Annual report of the Civil Veterinary Department, Bengal, for the year 1897-98 - 1897-1898
Year: 1897
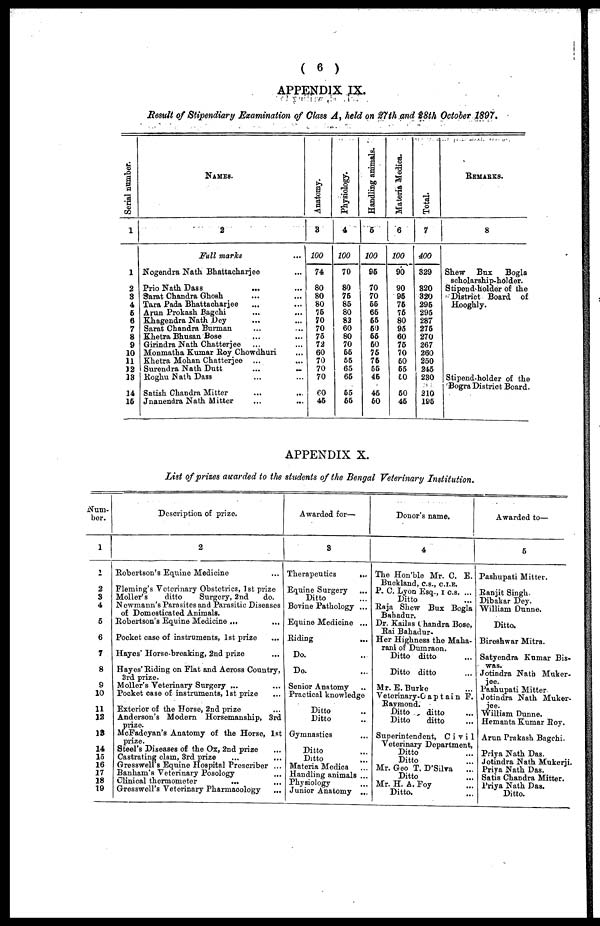
( 6 )
APPENDIX IX.
Result of Stipendiary Examination of Class A, held on 27th and 28th October 1897.
Serial number.
1
1
2
3
4
5 6
7
8
9
10
11
12
13
14
15
NAMES.
2
Full marks ...
Nogendra Nath Bhattacharjee ...
Prio Nath Dass ... ...
Sarat Chandra Ghosh ... ...
Tara Pada Bhattacharjee ... ...
Aran Prokash Bagchi ... ...
Khagendra Nath Dey ... ...
Sarat Chandra Burman ... ...
Khetra Bhusan Bose ... ...
Girindra Nath Chatterjee ... ...
Monmatha Kumar Roy Chowdhuri ...
Khetra Mohan Chatterjee ... ...
Surendra Nath Dutt ... ...
Roghu Nath Dass ... ...
Satish Chandra Mitter ... ...
Jnanendra Nath Mitter ... ...
Anatomy.
3
100
74
80
80
80
75
70
70
75
72
60
70
70
70
60
45
Physiology.
4
100
70
80
75
85
80
82
60
80
70
55
55
65
65
65
65
Handling animals.
5
100
95
70
70
55
65
55
50
55
50
76
75
55
45
45
60
Materia Medica.
6
100
90
90
95
75
76
80
95
60
75
70
50
65
50
50
45
Total.
7
400
329
320
320
295
295
287
275
270
267
260
250
245
230
210
195
REMARKS.
8
Shew Bux
Bogla
scholarship-holder.
Stipend holder of the
District Board of
Hooghly.
Stipend-holder of the
Bogra District Board.
APPENDIX X.
List of prizes awarded to the students of the Bengal Veterinary Institution.
Num-
ber.
1
1
2
3
4
5
6
7
8
9
10
11
12
13
14
15
16
17
18 19
Description of prize.
2
Robertson's Equine Medicine ...
Fleming's Veterinary Obstetrics, 1st prize
Moller's
ditto
Surgery, 2nd
do.
Newmann's Parasites and Parasitic Diseases
of Domesticated Animals.
Robertson's Equine Medicine ... ...
Pocket case of instruments, 1st prize ...
Hayes' Horse-breaking, 2nd prize ...
Hayes' Riding on Flat and Across Country,
3rd prize.
Moller's Veterinary Surgery ... ...
Pocket case of instruments, 1st prize ...
Exterior of the Horse, 2nd prize ...
Anderson's Modern Horsemanship, 3rd
prize.
McFadeyan's Anatomy of the Horse, 1st
prize.
Steel's Diseases of the Ox, 2nd prize ...
Castrating clam, 3rd prize ... ...
Gresswell's Equine Hospital Prescriber ...
Banham's Veterinary Posology ...
Clinical thermometer ... ...
Gresswell's Veterinary Pharmacology ...
Awarded for—
3
Therapeutics
...
Equine Surgery ...
Ditto ...
Bovine Pathology ...
Equine Medicine ...
Riding ...
Do. ..
Do. ...
Senior Anatomy ..
Practical knowledge
Ditto ..
Ditto ..
Gymnastics ...
Ditto ...
Ditto ...
Materia Medica ...
Handling animals ...
Physiology ...
Junior Anatomy ...
Donor's name.
4
The Hon'ble Mr. C. E.
Buckland, c.s., C.I.E.
P. C. Lyon Esq., I C.S. ...
Ditto ...
Raja Shew Bux Bogla
Bahadur.
Dr. Kailas Chandra Bose.
Rai Bahadur-
Her Highness the Maha-
rani of Dumraon.
Ditto ditto ...
Ditto ditto ...
Mr. E. Burke ...
Veterinary-Captain F.
Raymond.
Ditto
ditto ...
Ditto
ditto ...
Superintendent, Civil
Veterinary Department,
Ditto ...
Ditto ...
Mr. Geo T. D'Silva
...
Ditto ...
Mr. H. A. Foy ...
Ditto. ...
Awarded to—
5
Pashupati Mitter.
Ranjit Singh.
Dibakar Dey.
William Dunne.
Ditto.
Bireshwar Mitra.
Satyendra Kumar Bis-
was.
Jotindra Nath Muker-
jee.
Pashupati Mitter.
Jotindra Nath Muker-
jee. William Dunne.
Hemanta Kumar Roy.
Arun Prakash Bagchi.
Priya Nath Das.
Jotindra Nath Mukerji.
Priya Nath Das.
Satis Chandra Mitter.
Priya Nath Das.
Ditto.